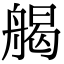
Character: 𦩥